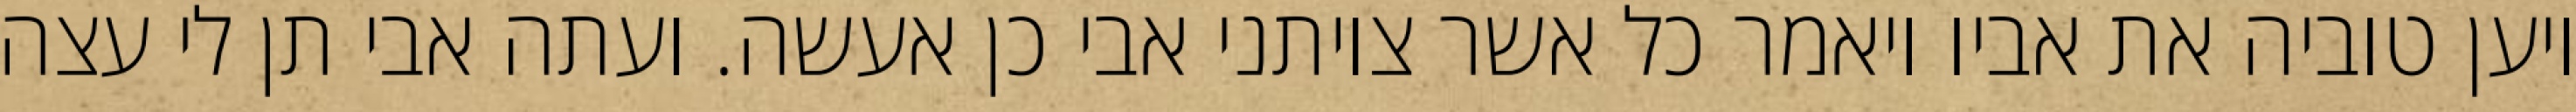
ויען טוביה את אביו ויאמר כל אשר צויתני אבי כן אעשה. ועתה אבי תן לי עצה